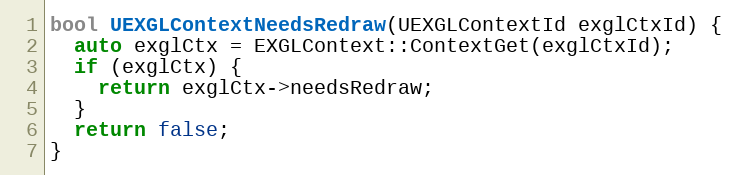
Language: C++
bool UEXGLContextNeedsRedraw(UEXGLContextId exglCtxId) {
  auto exglCtx = EXGLContext::ContextGet(exglCtxId);
  if (exglCtx) {
    return exglCtx->needsRedraw;
  }
  return false;
}